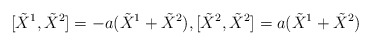
\begin{align*}[\tilde{X}^{1},\tilde{X}^{2}]=-a(\tilde{X}^{1}+\tilde{X}^{2}),[\tilde{X}^{2},\tilde{X}^{2}]=a(\tilde{X}^{1}+\tilde{X}^{2})\end{align*}